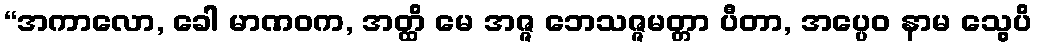
“အကာလော, ခေါ မာဏဝက, အတ္ထိ မေ အဇ္ဇ ဘေသဇ္ဇမတ္တာ ပီတာ, အပ္ပေဝ နာမ သွေပိ